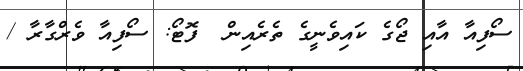
ސޯފިއާ އާއި ޖޯގެ ކައިވެނީގެ ތެރެއިން  ފޮޓޯ: ސޯފިއާ ވެރްގާރާ /